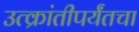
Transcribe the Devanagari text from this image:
उत्क्रांतीपर्यंतचा